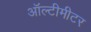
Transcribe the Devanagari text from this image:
ऑल्टीमीटर